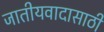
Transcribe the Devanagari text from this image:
जातीयवादासाठी